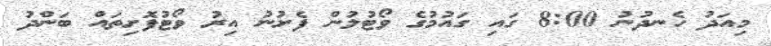
މިއަދު ހެނދުނު 8:00 ގައި ގައުމުގެ ވޯޓުލުން ފެށުނު އިރު ވޯޓުފޮށިތައް ބަންދު